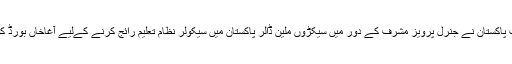
حکومت پاکستان نے جنرل پرویز مشرف کے دور میں سیکڑوں ملین ڈالر پاکستان میں سیکولر نظام تعلیم رائج کرنے کےلیے آغاخاں بورڈ کو دئیے۔